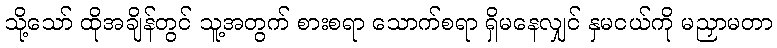
သို့သော် ထိုအချိန်တွင် သူ့အတွက် စားစရာ သောက်စရာ ရှိမနေလျှင် နှမငယ်ကို မညှာမတာ